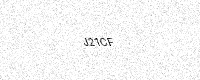
Text: J21CF